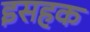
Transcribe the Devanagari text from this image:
इसहक